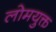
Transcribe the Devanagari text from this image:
लोमयुक्त